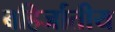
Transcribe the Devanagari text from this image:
बहिर्जातीय